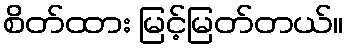
စိတ်ထား မြင့်မြတ်တယ်။